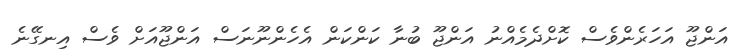
އަންޖޫ އަހަރެންވެސް ކޮށްދެމެއްނު އަންޖޫ ބުނާ ކަންކަން އެހެންނޫނަސް އަންޖޫއަށް ވެސް އިނގޭނެ